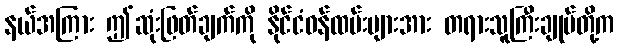
နယ်အကြား ဤဆုံးဖြတ်ချက်ကို နိုင်ငံဝန်ထမ်းများအား တရားသူကြီးချုပ်တို့က